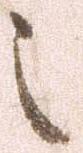
之